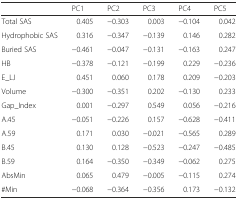
|  | PC1 | PC2 | PC3 | PC4 | PC5 |
 | --- | --- | --- | --- | --- | --- |
 | Total SAS | 0.405 | −0.303 | 0.003 | −0.104 | 0.042 |
 | Hydrophobic SAS | 0.316 | −0.347 | −0.139 | 0.146 | 0.282 |
 | Buried SAS | −0.461 | −0.047 | −0.131 | −0.163 | 0.247 |
 | HB | −0.378 | −0.121 | −0.199 | 0.229 | −0.236 |
 | E_LJ | 0.451 | 0.060 | 0.178 | 0.209 | −0.203 |
 | Volume | −0.300 | −0.351 | 0.202 | −0.130 | 0.233 |
 | Gap_Index | 0.001 | −0.297 | 0.549 | 0.056 | −0.216 |
 | A.45 | −0.051 | −0.226 | 0.157 | −0.628 | −0.411 |
 | A.59 | 0.171 | 0.030 | −0.021 | −0.565 | 0.289 |
 | B.45 | 0.130 | 0.128 | −0.523 | −0.247 | −0.485 |
 | B.59 | 0.164 | −0.350 | −0.349 | −0.062 | 0.275 |
 | AbsMin | 0.065 | 0.479 | −0.005 | −0.115 | 0.274 |
 | #Min | −0.068 | −0.364 | −0.356 | 0.173 | −0.132 |